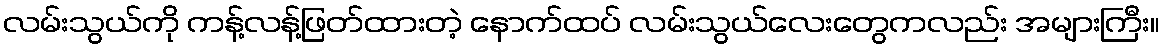
လမ်းသွယ်ကို ကန့်လန့်ဖြတ်ထားတဲ့ နောက်ထပ် လမ်းသွယ်လေးတွေကလည်း အများကြီး။